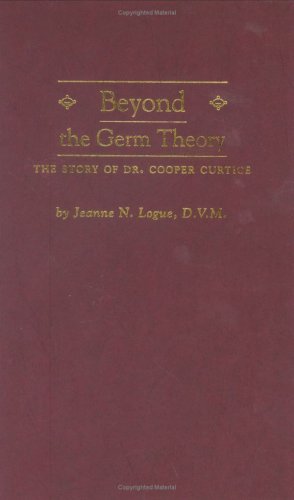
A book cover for Beyond the Germ Theory: The Story of Dr. Cooper Curtice; Dr. Jeanne N. Logue; Medical Books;